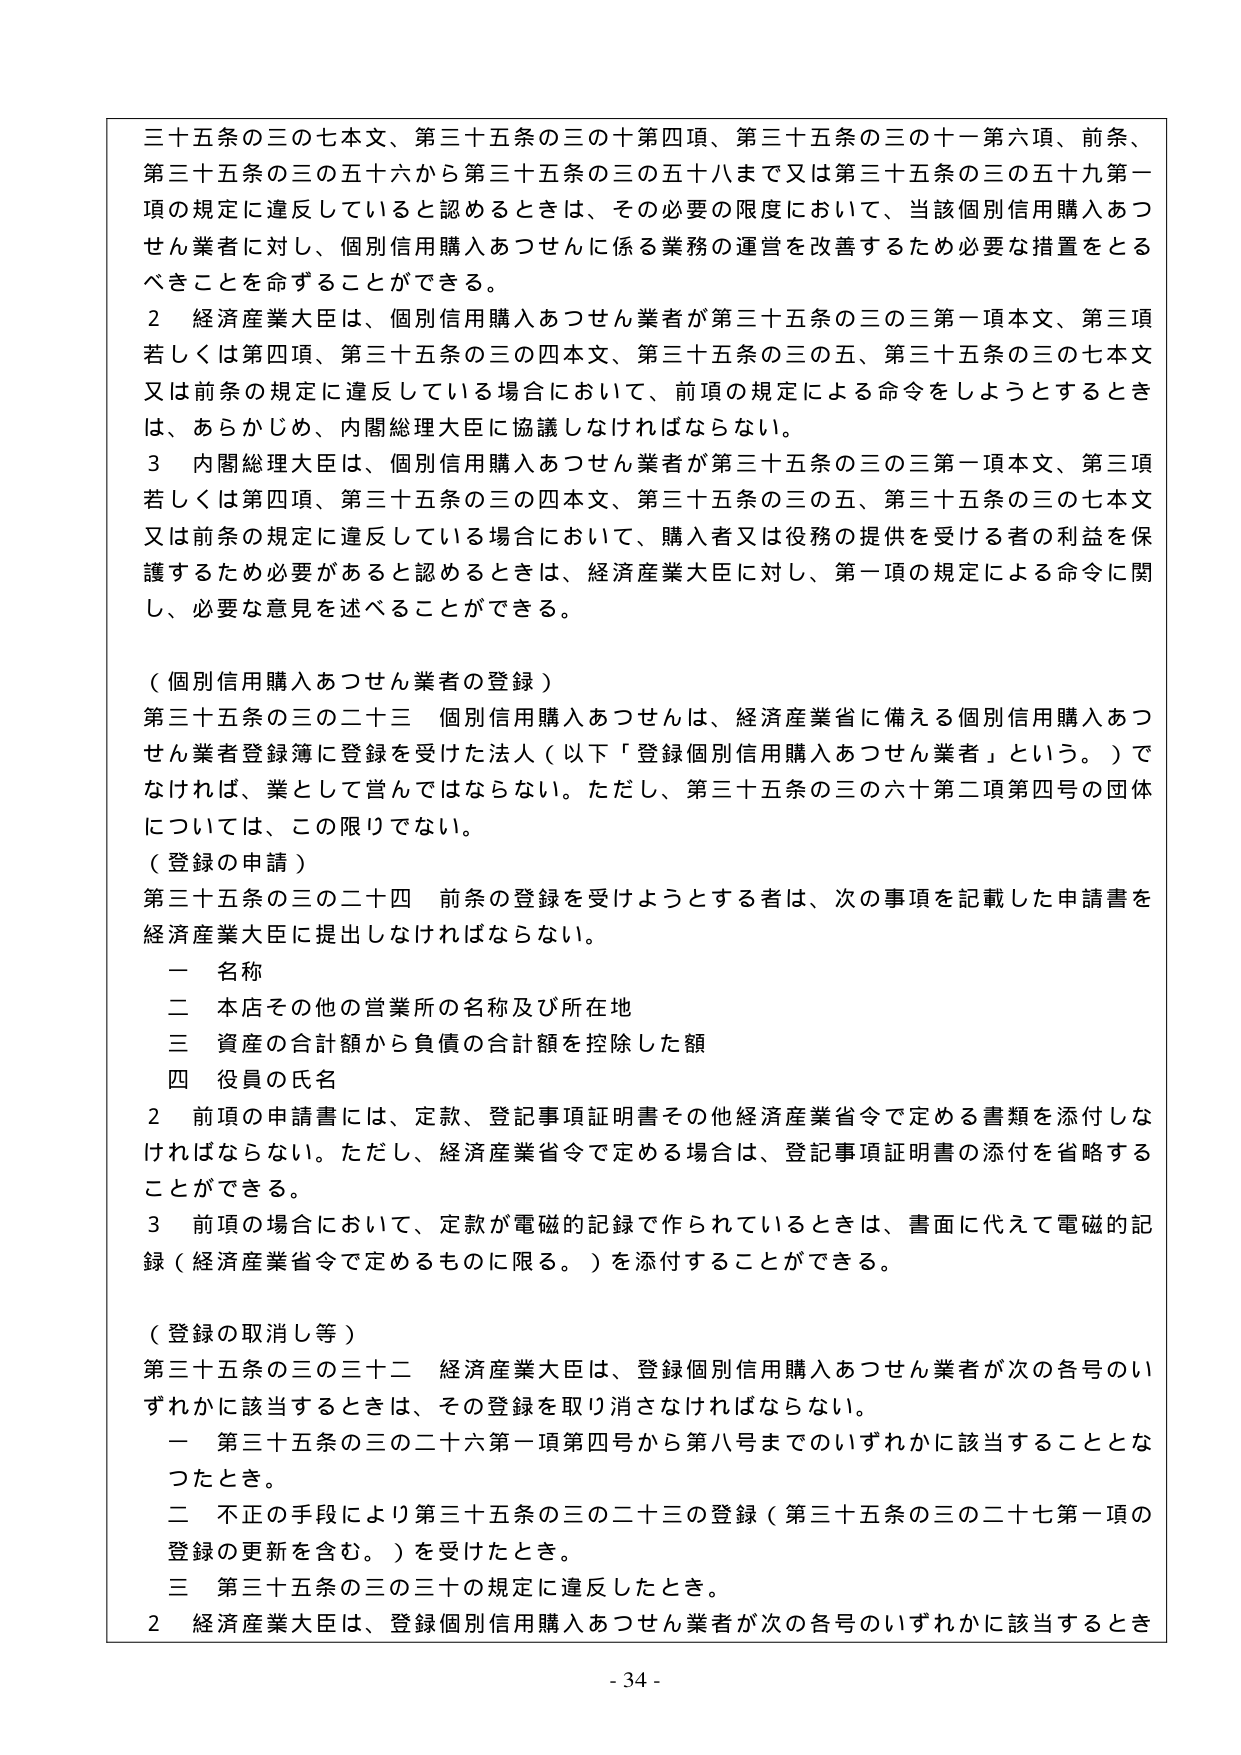
三十五条の三の七本文、第三十五条の三の十第四項、第三十五条の三の十一第六項、前条、第三十五条の三の五十六から第三十五条の三の五十八まで又は第三十五条の三の五十九第一項の規定に違反していると認めるときは、その必要の限度において、当該個別信用購入あつせん業者に対し、個別信用購入あつせんに係る業務の運営を改善するため必要な措置をとるべきことを命ずることができる。

２ 経済産業大臣は、個別信用購入あつせん業者が第三十五条の三の三第一項本文、第三項若しくは第四項、第三十五条の三の四本文、第三十五条の三の五、第三十五条の三の七本文又は前条の規定に違反している場合において、前項の規定による命令をしようとするときは、あらかじめ、内閣総理大臣に協議しなければならない。

３ 内閣総理大臣は、個別信用購入あつせん業者が第三十五条の三の三第一項本文、第三項若しくは第四項、第三十五条の三の四本文、第三十五条の三の五、第三十五条の三の七本文又は前条の規定に違反している場合において、購入者又は役務の提供を受ける者の利益を保護するため必要があると認めるときは、経済産業大臣に対し、第一項の規定による命令に関し、必要な意見を述べることができる。

（個別信用購入あつせん業者の登録）

第三十五条の三の二十三 個別信用購入あつせんは、経済産業省に備える個別信用購入あつせん業者登録簿に登録を受けた法人（以下「登録個別信用購入あつせん業者」という。）でなければ、業として営んではならない。ただし、第三十五条の三の六十二第二項第四号の団体については、この限りでない。

（登録の申請）

第三十五条の三の二十四 前条の登録を受けようとする者は、次の事項を記載した申請書を経済産業大臣に提出しなければならない。

一 名称
二 本店その他の営業所の名称及び所在地
三 資産の合計額から負債の合計額を控除した額
四 役員の氏名

２ 前項の申請書には、定款、登記事項証明書その他経済産業省令で定める書類を添付しなければならない。ただし、経済産業省令で定める場合は、登記事項証明書の添付を省略することができる。

３ 前項の場合において、定款が電磁的記録で作られているときは、書面に代えて電磁的記録（経済産業省令で定めるものに限る。）を添付することができる。

（登録の取消し等）

第三十五条の三の三十二 経済産業大臣は、登録個別信用購入あつせん業者が次の各号のいずれかに該当するときは、その登録を取り消さなければならない。

一 第三十五条の三の二十六第一項第四号から第八号まで のいずれかに該当することとなったとき。

二 不正の手段により第三十五条の三の二十三の登録（第三十五条の三の二十七第一項の登録の更新を含む。）を受けたとき。

三 第三十五条の三の三十の規定に違反したとき。

２ 経済産業大臣は、登録個別信用購入あつせん業者が次の各号のいずれかに該当するとき

- 34 -